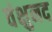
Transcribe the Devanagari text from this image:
वंक्षुनद